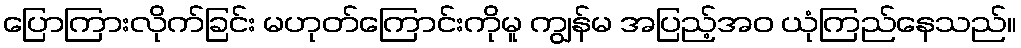
ပြောကြားလိုက်ခြင်း မဟုတ်ကြောင်းကိုမူ ကျွန်မ အပြည့်အဝ ယုံကြည်နေသည်။